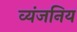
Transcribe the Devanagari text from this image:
व्यंजनिय